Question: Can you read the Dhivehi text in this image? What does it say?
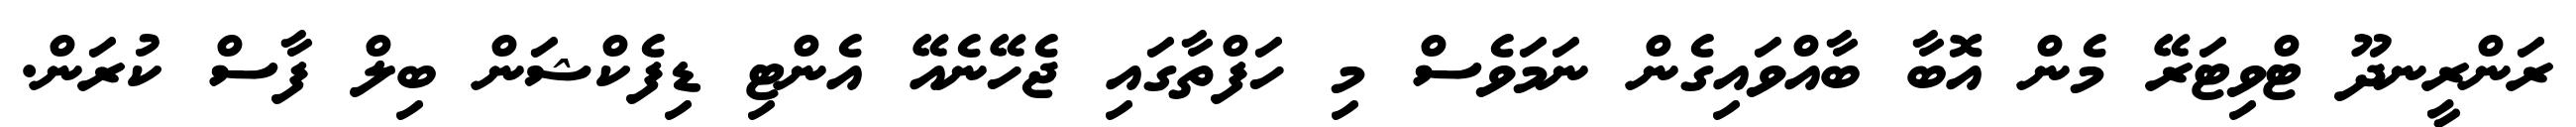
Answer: ރަންރީނދޫ ޓްވިޓަރޭ މެން އޮބާ ބާއްވައިގެން ނަމަވެސް މި ހަފްތާގައި ޖެހޭނެއޭ އެންޓި ޑިފެކްޝަން ބިލް ފާސް ކުރަން.